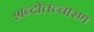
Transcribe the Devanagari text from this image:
शब्दोतच्चारण